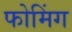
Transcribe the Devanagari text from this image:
फोमिंग